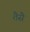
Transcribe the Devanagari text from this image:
तैसै